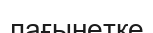
лағынетке